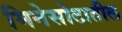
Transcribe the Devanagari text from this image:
मिनेसोटातील